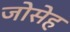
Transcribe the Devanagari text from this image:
जोसेह